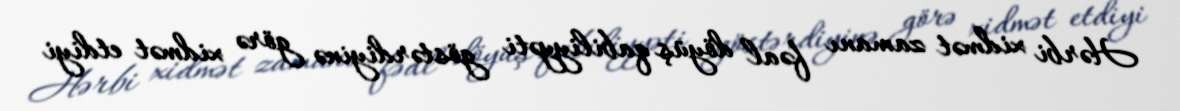
Hərbi xidmət zamanı fəal döyüş qabiliyyəti göstərdiyinə görə xidmət etdiyi